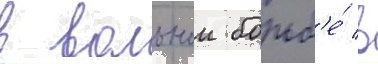
в вольнои борьб'е́ в